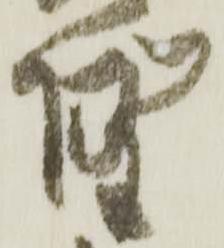
墅